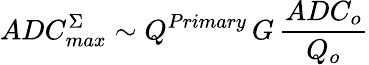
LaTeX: ADC_{max}^{\Sigma}\sim Q^{Primary}\, G\, \frac{ADC_{o}}{Q_{o}}